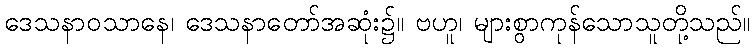
ဒေသနာဝသာနေ၊ ဒေသနာတော်အဆုံး၌။ ဗဟူ၊ များစွာကုန်သောသူတို့သည်။